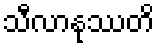
သီလာနုဿတိ